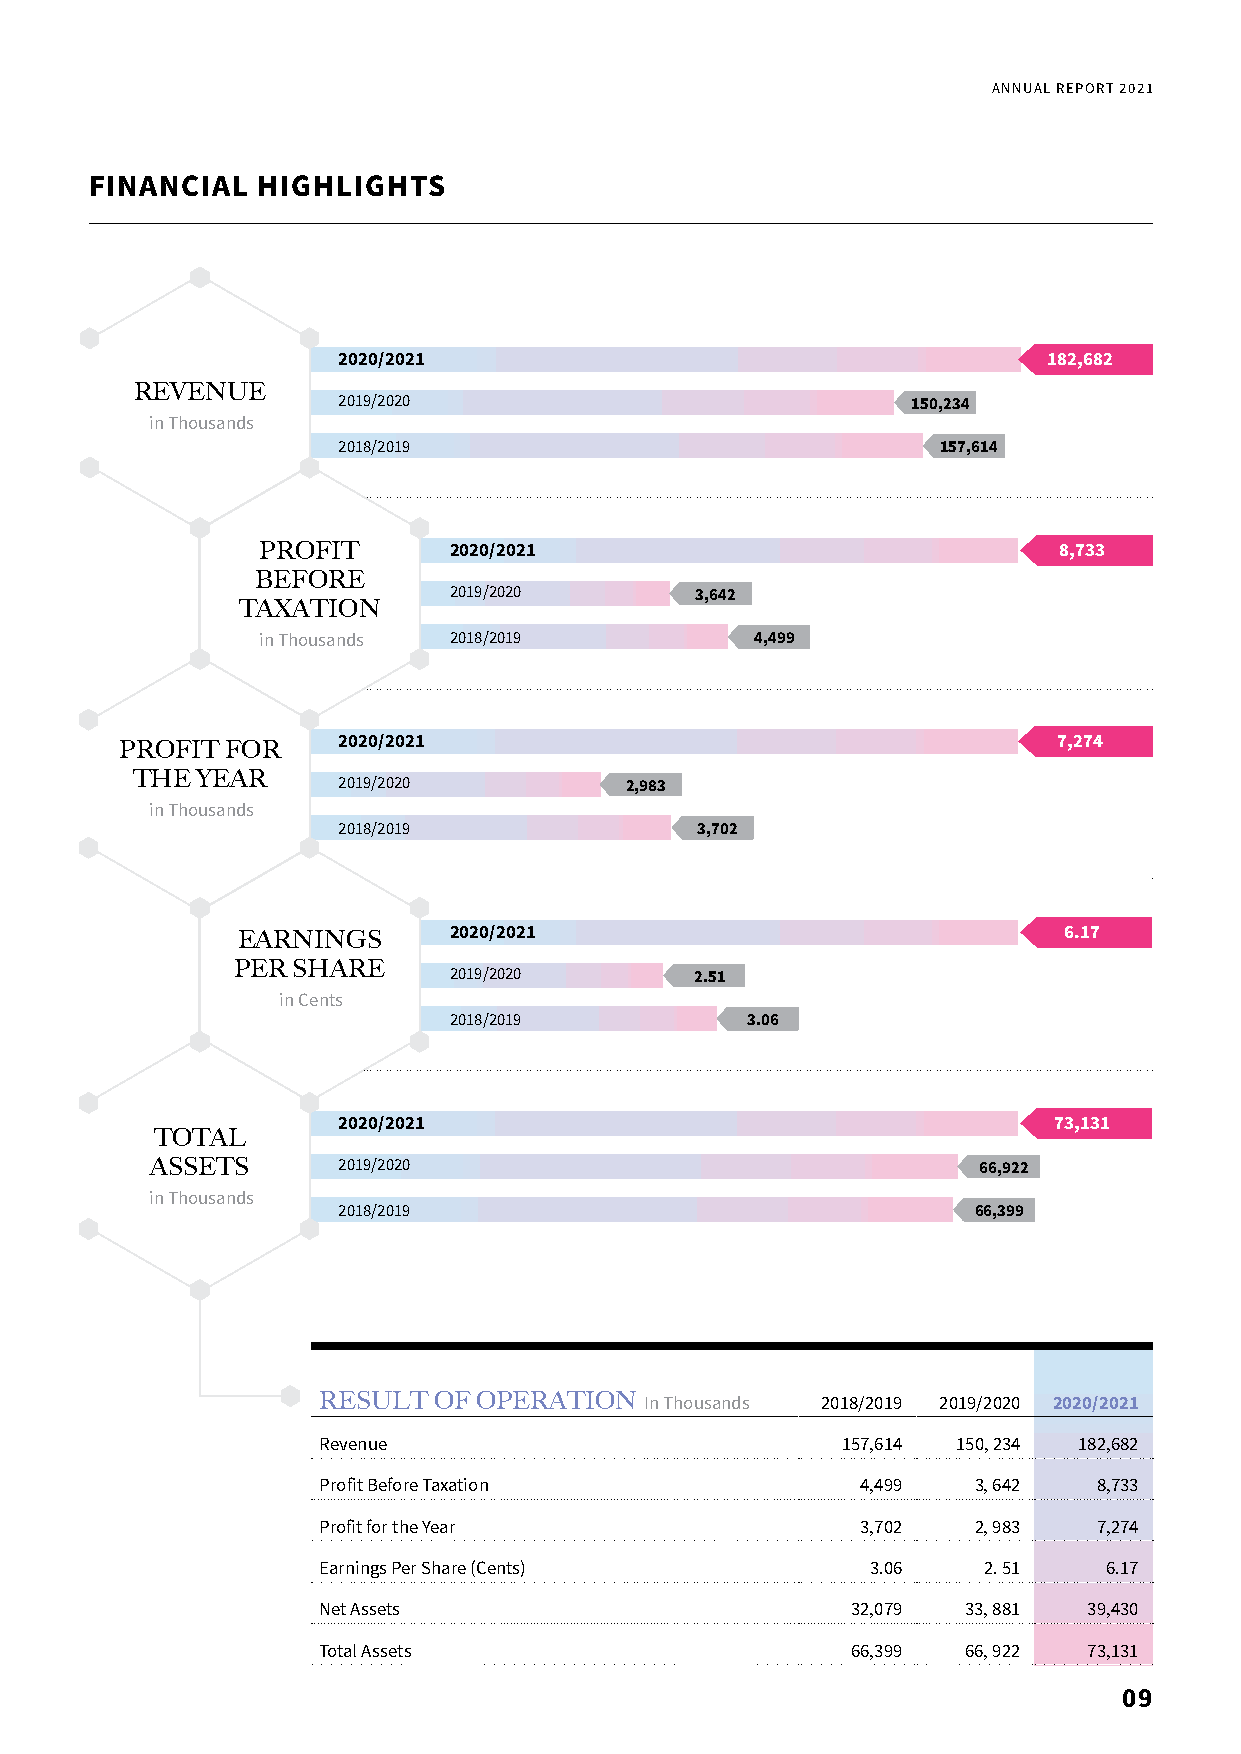
ANNUAL REPORT 2021
 FINANCIAL  HIGHLIGHTS
 2020/2021                                      182,682
 REVENUE
 2019/2020                             150,234
 in Thousands
 2018/2019                               157,614
 PROFIT       2020/2021                               8,733
 BEFORE
 2019/2020       3,642
 TAXATION
 in Thousands 2018/2019           4,499
 2020/2021                                       7,274
 PROFIT FOR
 THE YEAR     2019/2020          2,983
 in Thousands
 2018/2019               3,702
 EARNINGS      2020/2021                               6.17
 PER SHARE
 2019/2020       2.51
 in Cents
 2018/2019          3.06
 2020/2021                                       73,131
 TOTAL
 ASSETS      2019/2020                                  66,922
 in Thousands
 2018/2019                                 66,399
 RESULT  OF OPERATION  In Thousands 2018/2019 2019/2020 2020/2021
 Revenue                            157,614 150, 234 182,682
 Profit Before Taxation              4,499  3, 642   8,733
 Profit for the Year                 3,702  2, 983   7,274
 Earnings Per Share (Cents)           3.06   2. 51   6.17
 Net Assets                         32,079  33, 881 39,430
 Total Assets                       66,399  66, 922 73,131
 09